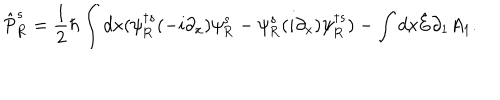
\hat { \mathrm { P } } _ { \mathrm { R } } ^ { s } = \frac { 1 } { 2 } \hbar \int d x ( { \psi } _ { \mathrm { R } } ^ { \dagger s } ( - i \partial _ { x } ) { \psi } _ { \mathrm { R } } ^ { s } - { \psi } _ { \mathrm { R } } ^ { s } ( i \partial _ { x } ) { \psi } _ { \mathrm { R } } ^ { \dagger s } ) - \int d x \hat { \mathrm { E } } { \partial _ { 1 } } A _ { 1 } .